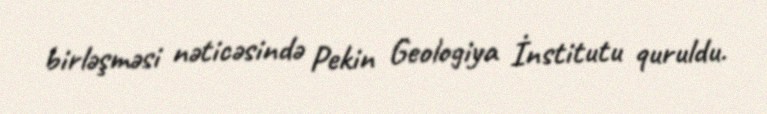
birləşməsi nəticəsində Pekin Geologiya İnstitutu quruldu.